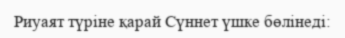
Риуаят түріне қарай Сүннет үшке бөлінеді: